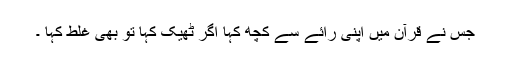
جس نے قرآن میں اپنی رائے سے کچھ کہا اگر ٹھیک کہا تو بھی غلط کہا ۔